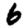
Digit: 6